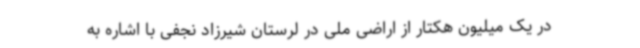
در یک میلیون هکتار از اراضی ملی در لرستان شیرزاد نجفی با اشاره به